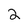
Character: 2